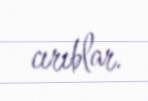
cırıblar.